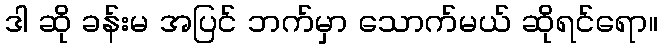
ဒါ ဆို ခန်းမ အပြင် ဘက်မှာ သောက်မယ် ဆိုရင်ရော။